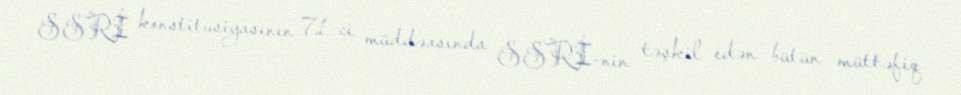
SSRİ konstitusiyasının 71-ci müddəasında SSRİ-nin təşkil edən bütün müttəfiq